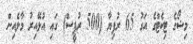
މިޝޯގެ ޓިކެޓްގެ އަގު 65 ރުފިޔާ (500 ރުޕީސް) ގައި އުޅޭއިރު މާލެއިން